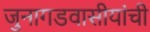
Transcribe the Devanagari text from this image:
जुनागडवासीयांची